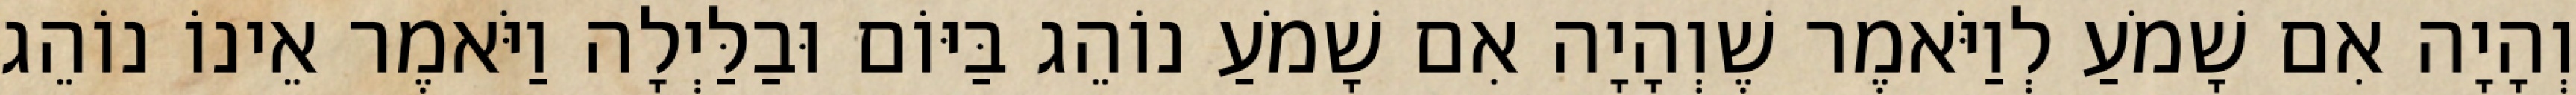
וְהָיָה אִם שָׁמֹעַ לְוַיֹּאמֶר שֶׁוְהָיָה אִם שָׁמֹעַ נוֹהֵג בַּיּוֹם וּבַלַּיְלָה וַיֹּאמֶר אֵינוֹ נוֹהֵג